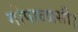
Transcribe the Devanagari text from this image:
गोपाळासी।